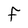
Character: F